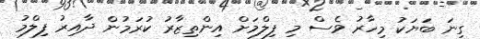
ގިނަ ބަޔަކު މިހާރު ވެސް މި ފިލްމަށް އިންތިޒާރު ކުރަމުން ދާއިރު ފިލްމު